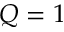
Q = 1